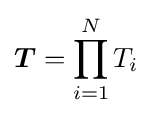
{\boldsymbol {T}}=\prod _{i=1}^{N}T_{i}